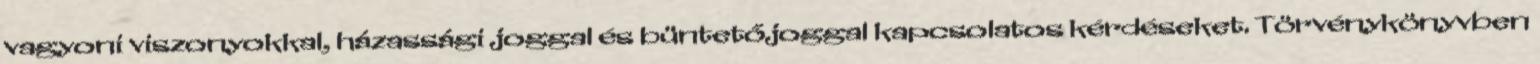
vagyoni viszonyokkal, házassági joggal és büntetőjoggal kapcsolatos kérdéseket. Törvénykönyvben